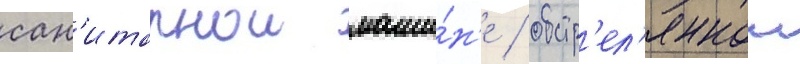
сан'итарнои маши́н'е / обстр'ел'яннои